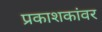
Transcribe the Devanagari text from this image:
प्रकाशकांवर